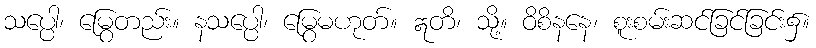
သပ္ပေါ၊ မြွေတည်း။ နသပ္ပေါ၊ မြွေမဟုတ်။ ဣတိ၊ သို့။ ဝိစိနနေ၊ စူးစမ်းဆင်ခြင်ခြင်း၌။